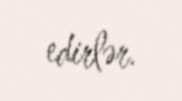
edirlər.